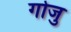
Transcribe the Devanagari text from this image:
गोजु